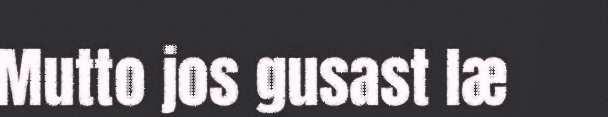
Mutto jos gusast læ